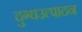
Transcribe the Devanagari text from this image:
दुग्धउत्पादन